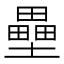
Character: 壘